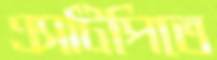
এসটিপিতে